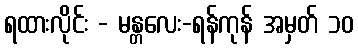
ရထားလိုင်း - မန္တလေး-ရန်ကုန် အမှတ် ၁၀